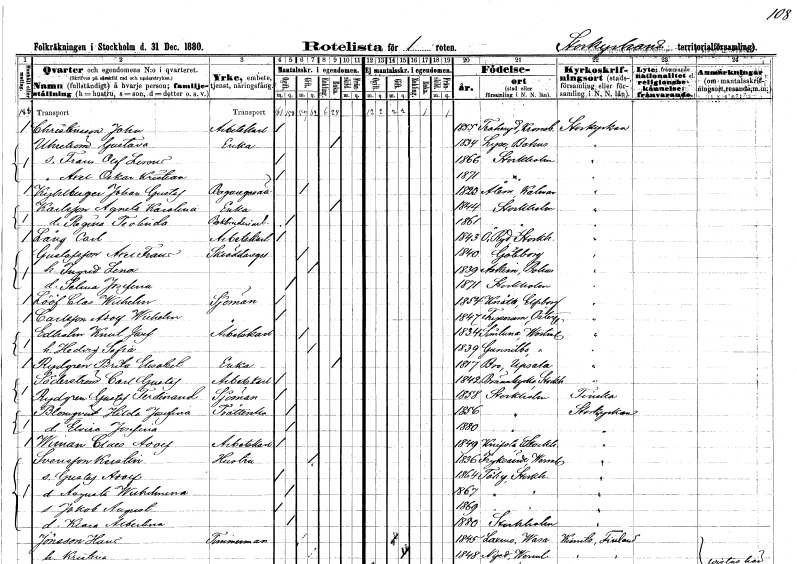
gt_parse: households: individuals: FN: John
EN: Christansson
YRKE: Arbetskarl
KON: M
CIV: O
FODAR: 1855
FODFORS: Traheryd Kronobergs län
FN: Gustava
EN: Uhrström
YRKE: Änka
KON: K
CIV: E
FODAR: 1834
FODFORS: Lyse Göteborgs- och Bohuslän
FN: Frans Olof Leonard
KON: M
CIV: O
FODAR: 1866
FODFORS: Stockholm
FN: Axel Oskar Kristian
KON: M
CIV: O
FODAR: 1871
FODFORS: Stockholm
FN: Johan Gustaf
EN: Kyhlberger
YRKE: Bagaregesäll
KON: M
CIV: O
FODAR: 1823
FODFORS: Ålem Kalmar län
FN: Agneta Karolina
EN: Karlsson
YRKE: Änka
KON: K
CIV: E
FODAR: 1844
FODFORS: Stockholm
FN: Regina Teolinda
KON: K
CIV: O
FODAR: 1861
FODFORS: Stockholm
FN: Carl
EN: Lång
YRKE: Arbetskarl
KON: M
CIV: O
FODAR: 1843
FODFORS: Östra Ryd Stockholms län
FN: Axel Frans
EN: Gustafsson
YRKE: Skräddaregesäll
KON: M
CIV: G
FODAR: 1840
FODFORS: Göteborg Göteborgs- och Bohuslän
FN: Ingrid Lena
KON: K
CIV: G
FODAR: 1839
FODFORS: Askim Göteborgs- och Bohuslän
FN: Selma Josefina
KON: K
CIV: O
FODAR: 1871
FODFORS: Stockholm
FN: Clas Wilhelm
EN: Lööf
YRKE: Sjöman
KON: M
CIV: O
FODAR: 1854
FODFORS: Knätte Älvsborgs län
FN: Adolf Wilhelm
EN: Carlsson
YRKE: Sjöman
KON: M
CIV: O
FODAR: 1847
FODFORS: Tryserum Östergötlands län
FN: Knut Josef
EN: Edholm
YRKE: Arbetskarl
KON: M
CIV: G
FODAR: 1834
FODFORS: Simtuna Uppsala län
FN: Hedvig Sofia
KON: K
CIV: G
FODAR: 1839
FODFORS: Gunnilbo Västmanlands län
FN: Brita Elisabet
EN: Rydgren
YRKE: Änka
KON: K
CIV: E
FODAR: 1817
FODFORS: Bro Stockholms län
FN: Carl Gustaf
EN: Söderström
YRKE: Arbetskarl
KON: M
CIV: O
FODAR: 1842
FODFORS: Brännkyrka Stockholms län
FN: Gustaf Ferdinand
EN: Rydgren
YRKE: Sjöman
KON: M
CIV: O
FODAR: 1858
FODFORS: Stockholm
FN: Hilda Josefina
EN: Blomqvist
YRKE: Tvätterska
KON: K
CIV: O
FODAR: 1856
FODFORS: Stockholm
FN: Elvira Josefina
KON: K
CIV: O
FODAR: 1880
FODFORS: Stockholm
FN: Claes Adolf
EN: Wiman
YRKE: Arbetskarl
KON: M
CIV: O
FODAR: 1849
FODFORS: Knivsta Uppsala län
FN: Kerstin
EN: Svensson
YRKE: Hustru
KON: K
CIV: G
FODAR: 1836
FODFORS: Fryksände Värmlands län
FN: Gustaf Adolf
KON: M
CIV: O
FODAR: 1864
FODFORS: Täby Stockholms län
FN: Augusta Wilhelmina
KON: K
CIV: O
FODAR: 1867
FODFORS: Täby Stockholms län
FN: Jakob August
KON: M
CIV: O
FODAR: 1869
FODFORS: Täby Stockholms län
FN: Klara Albertina
KON: K
CIV: O
FODAR: 1880
FODFORS: Stockholm